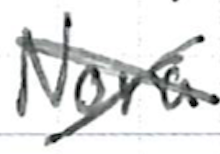
Text: Nora
Cross-out: cross
Writing tool: ballpoint